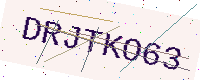
Text: DRJTKO63